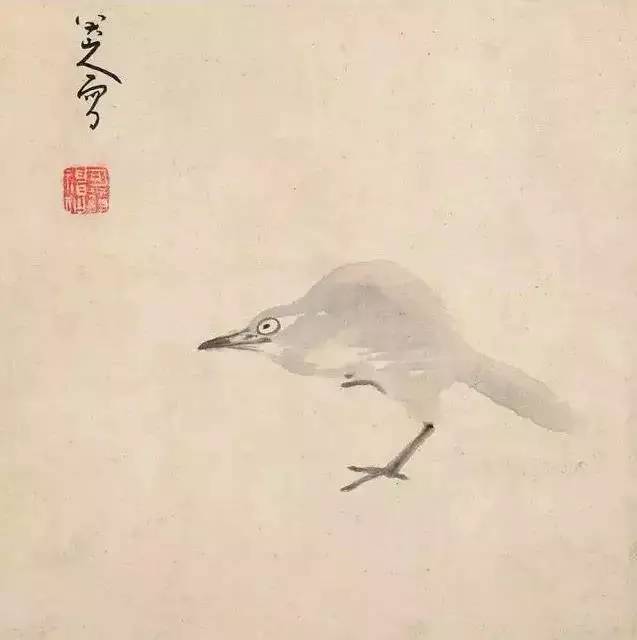
日光寒兮草短，月色苦兮霜白。